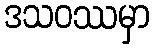
ဒသဝဿမှာ